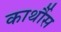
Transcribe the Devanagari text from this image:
कार्थौस